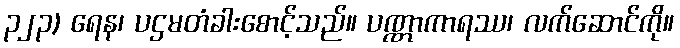
၃၂၃) ရေန၊ ပဌမတံခါးစောင့်သည်။ ပဏ္ဏာကာရဿ၊ လက်ဆောင်ကို။